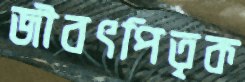
জীবৎপিতৃক